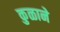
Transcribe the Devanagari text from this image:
कुळाने